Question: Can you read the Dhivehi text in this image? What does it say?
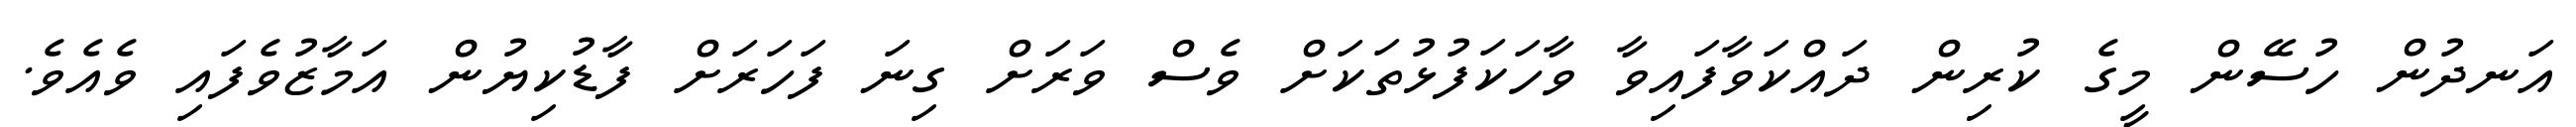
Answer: އަނދުން ހުސޭން މީގެ ކުރިން ދައްކަވާފައިވާ ވާހަކަފުޅުތަކަށް ވެސް ވަރަށް ގިނަ ފަހަރަށް ފާޑުކިޔުން އަމާޒުވެފައި ވެއެވެ.